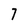
Character: 7